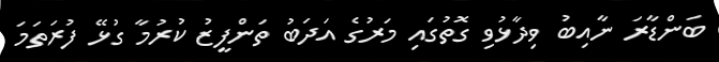
ބަންޑާރަ ނާއިބު ވިދާޅުވި ގޮތުގައި މަރުގެ އަދަބު ތަންފީޒު ކުރުމާ ގުޅޭ ފުރަތަމަ